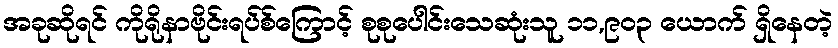
အခုဆိုရင် ကိုရိုနာဗိုင်းရပ်စ်ကြောင့် စုစုပေါင်းသေဆုံးသူ ၁၁,၉၀၃ ယောက် ရှိနေတဲ့